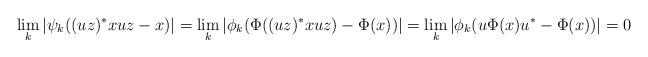
LaTeX: \begin{align*}\lim_{k}{|\psi_{k}((uz)^*xuz-x)|}=\lim_{k}{|\phi_k(\Phi((uz)^*xuz)-\Phi(x))|}=\lim_{k}{|\phi_{k}(u\Phi(x)u^*-\Phi(x))|} = 0 \end{align*}